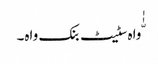
ّٰٰواہ سٹیٹ بنک واہ۔